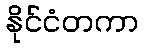
နိုင်ငံတကာ